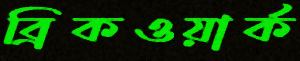
ব্রিকওয়ার্ক